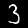
Digit: 3